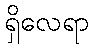
ရှိလေရာ